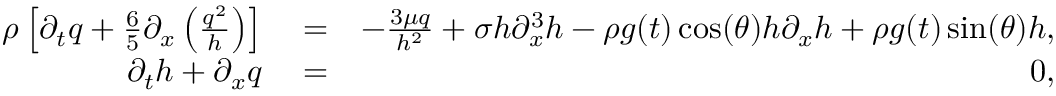
\begin{array} { r l r } { \rho \left[ \partial _ { t } q + \frac { 6 } { 5 } \partial _ { x } \left( \frac { q ^ { 2 } } { h } \right) \right] } & { { } = } & { - \frac { 3 \mu q } { h ^ { 2 } } + \sigma h \partial _ { x } ^ { 3 } h - \rho g ( t ) \cos ( \theta ) h \partial _ { x } h + \rho g ( t ) \sin ( \theta ) h , } \\ { \partial _ { t } h + \partial _ { x } q } & { { } = } & { 0 , } \end{array}